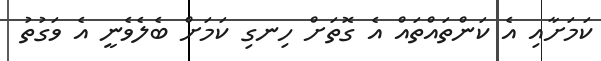
ކަމަށާއި އެ ކަންތައްތައް އެ ގޮތަށް ހިނގި ކަމަށް ބެލެވެނީ އެ ވަގުތު